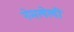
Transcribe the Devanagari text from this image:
नेमलेली